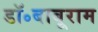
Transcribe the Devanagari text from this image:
डॉ॰बाबूराम